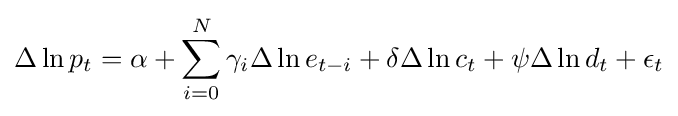
\Delta \ln p_{t}=\alpha +\sum _{i=0}^{N}\gamma _{i}\Delta \ln e_{t-i}+\delta \Delta \ln c_{t}+\psi \Delta \ln d_{t}+\epsilon _{t}